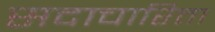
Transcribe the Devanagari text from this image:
सदाचारिता